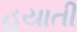
હયાતી